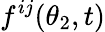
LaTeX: f^{ij}(\theta_{2},t)